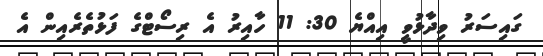
ގައިސަރު ވިދާޅުވީ އިއްޔެ 30: 11 ހާއިރު އެ ރިސޯޓްގެ ފަޅުތެރެއިން އެ